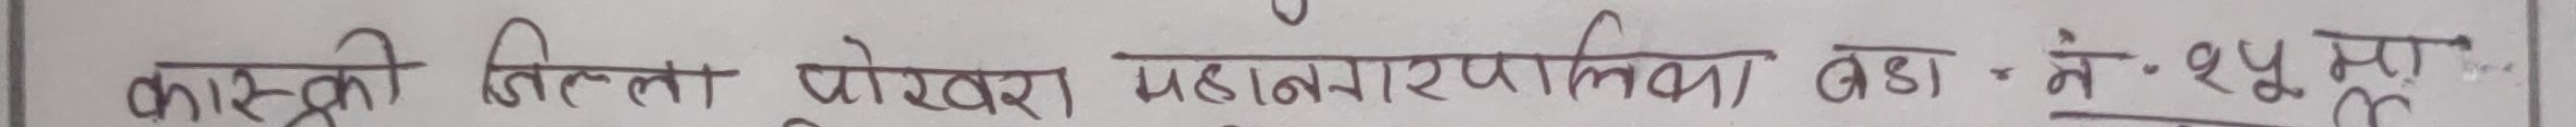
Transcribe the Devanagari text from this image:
कास्की जिल्ला पोखरा महानगरपालिका वडा नं. १४ पूम्पूू